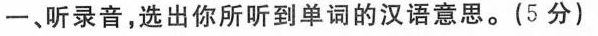
一、听录音，选出你所听到单词的汉语意思。(5分)